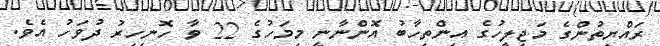
ރައްޔިތުންގެ މަޖިލީހުގެ އިންތިހާބު އޮންނާނީ މިމަހުގެ 22 ވާ ހޮނިހިރު ދުވަހު އެެވެ.